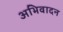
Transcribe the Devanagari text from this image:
अभिवादन